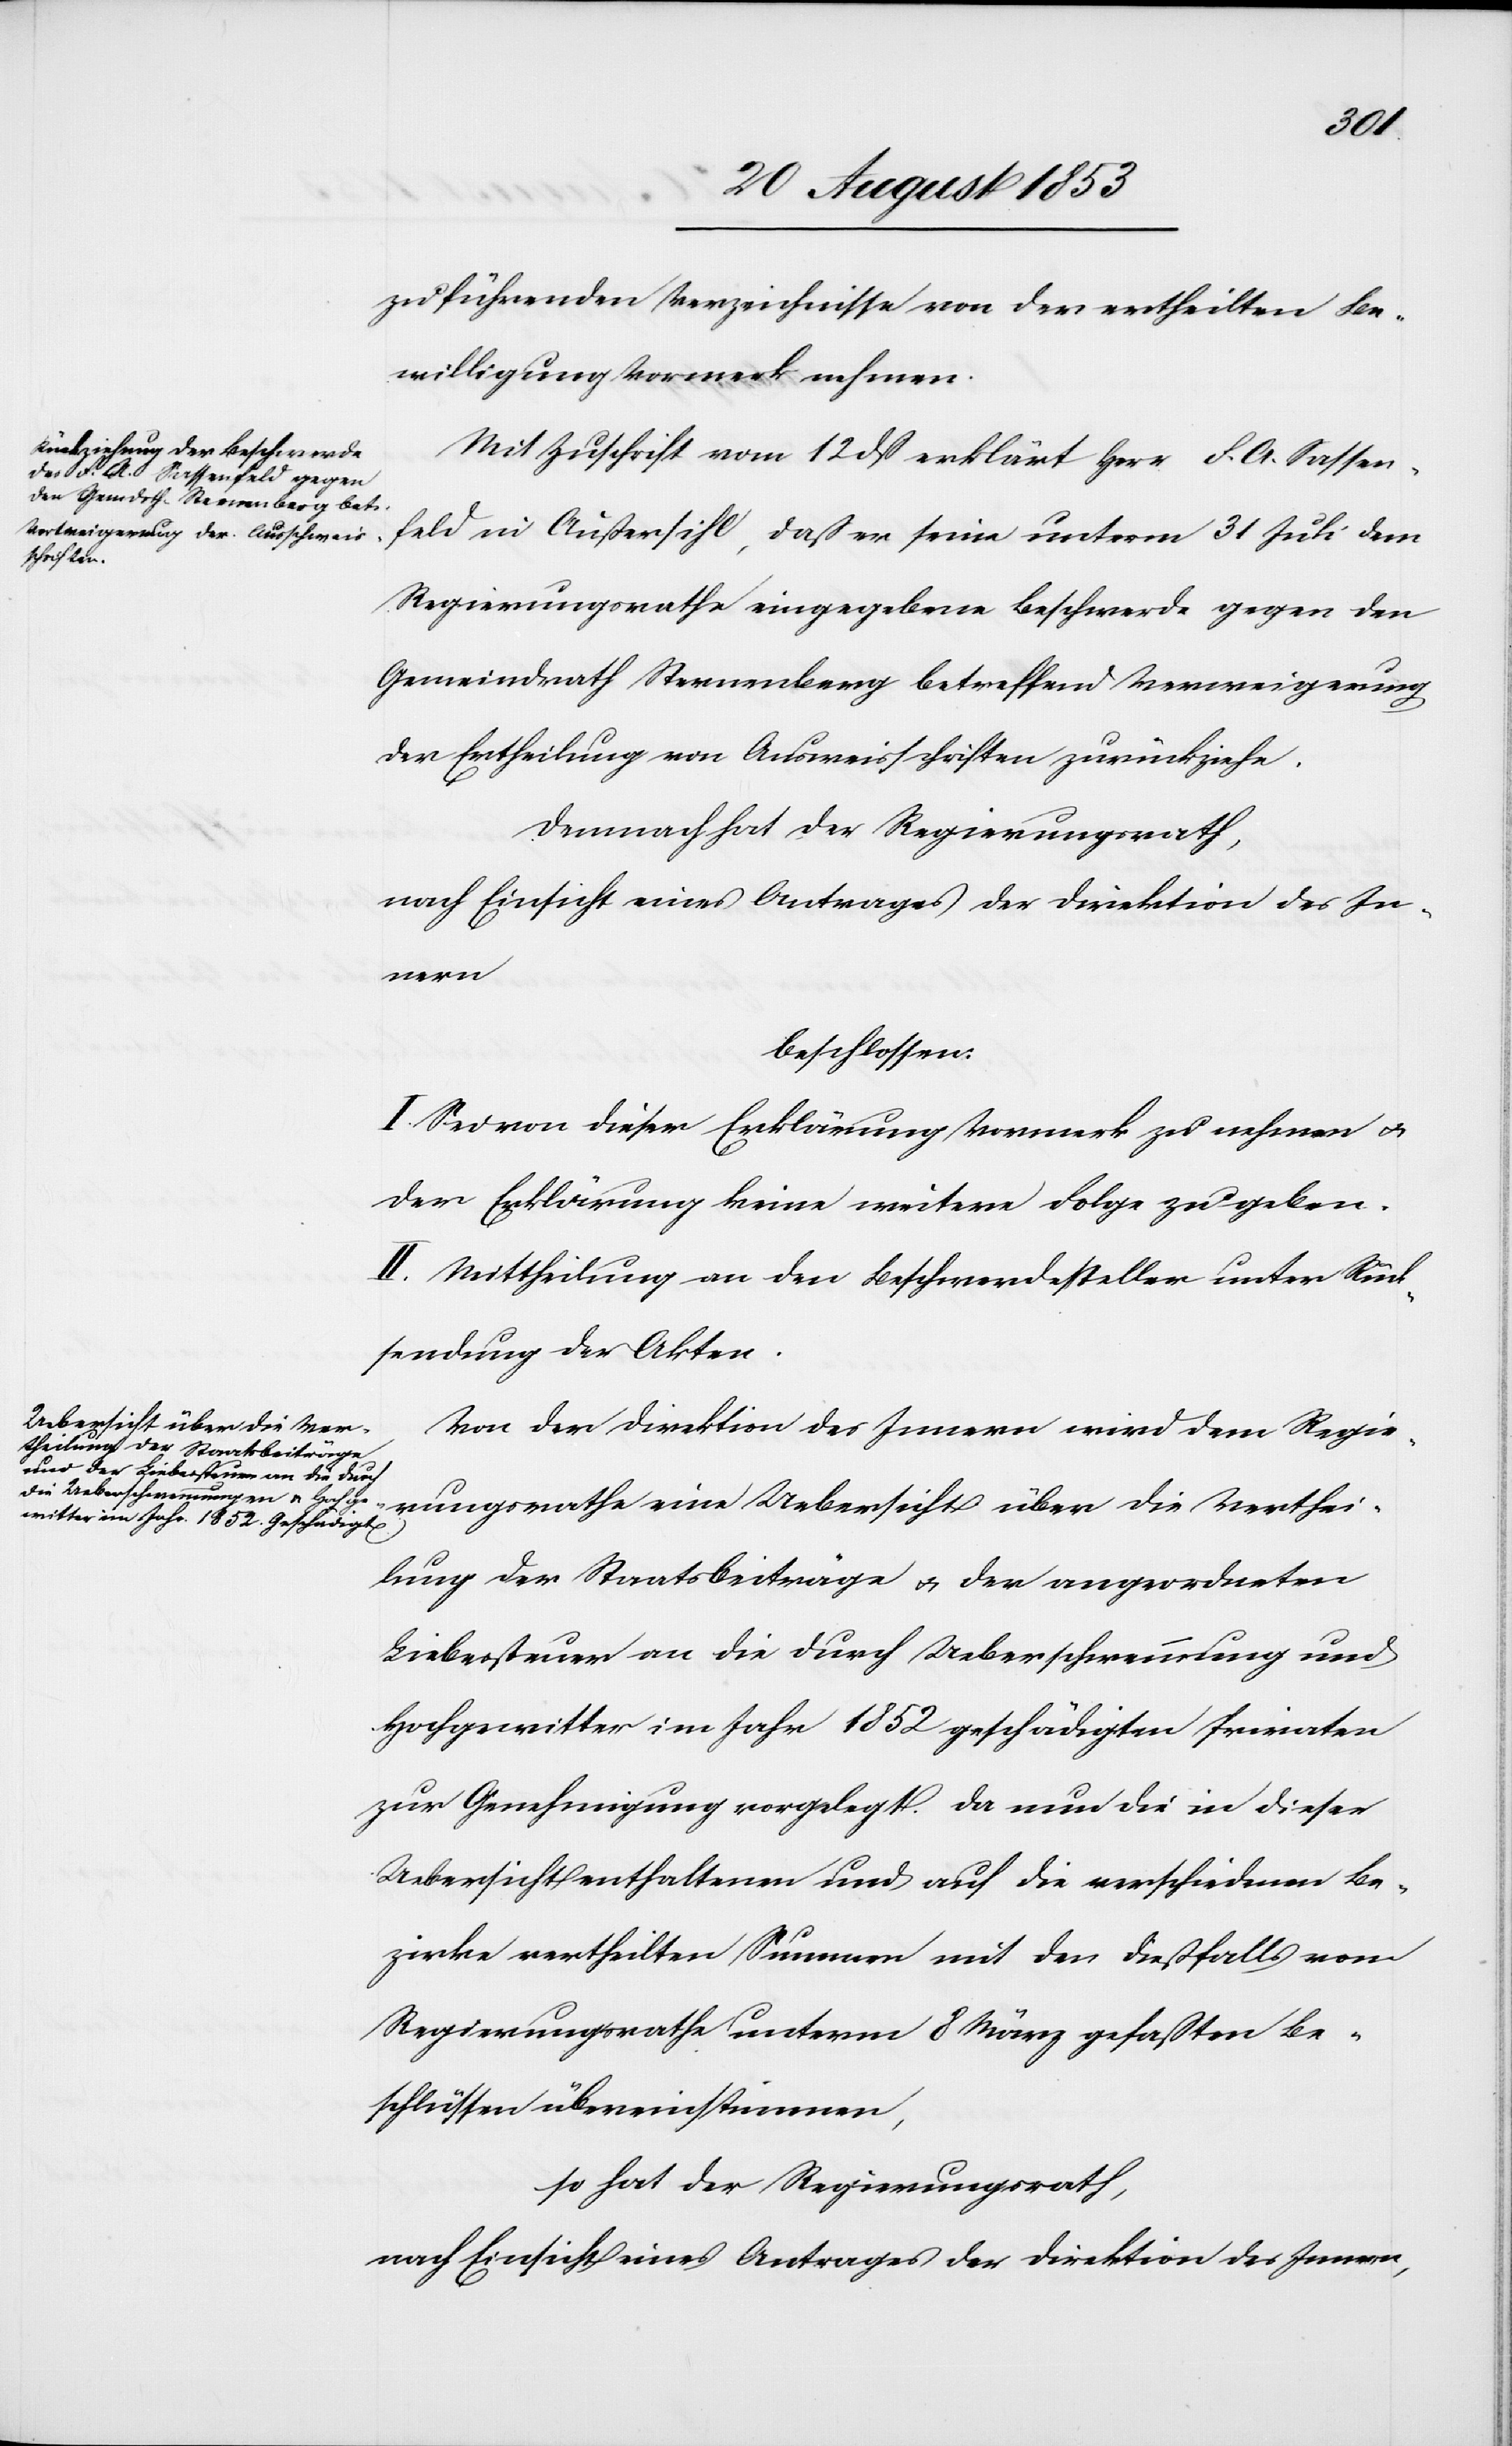
zu führenden Verzeichnisse von der ertheilten Be¬
willigung Vormerk nehmen.
Mit Zuschrift vom 12 dß erklärt Herr F. A. Sassen¬
feld in Außersihl, daß er seine unterm 31 Juli dem
Regierungsrathe eingegebene Beschwerde gegen den
Gemeindrath Sternenberg betreffend Verweigerung
der Ertheilung von Ausweisschriften zurückziehe.
Demnach hat der Regierungsrath,
nach Einsicht eines Antrages der Direktion des In¬
nern,
beschlossen:
I. Sei von dieser Erklärung Vormerk zu nehmen u.
der Erklärung keine weitere Folge zu geben.
II. Mittheilung an den Beschwerdesteller unter Rück¬
sendung der Akten.
Von der Direktion des Innern wird dem Regie¬
rungsrathe eine Uebersicht über die Verthei¬
lung der Staatsbeiträge u. der angeordneten
Liebessteuer an die durch Ueberschwemmung und
Hochgewitter im Jahr 1852 geschädigten Privaten
zur Genehmigung vorgelegt. Da nun die in dieser
Uebersicht enthaltenen und auf die verschiedenen Be¬
zirke vertheilten Summen mit den dießfalls vom
Regierungsrathe unterm 8 März gefaßten Be¬
schlüssen übereinstimmen,
so hat der Regierungsrath,
nach Einsicht eines Antrages der Direktion des Innern,